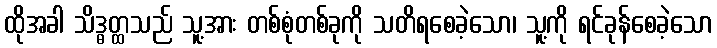
ထိုအခါ သိဒ္ဓတ္ထသည် သူ့အား တစ်စုံတစ်ခုကို သတိရစေခဲ့သော၊ သူ့ကို ရင်ခုန်စေခဲ့သော